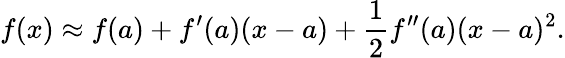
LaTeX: f(x)\approx f(a)+f^{\prime}(a)(x-a)+{\frac{1}{2}}f^{\prime\prime}(a)(x-a)^{2}.